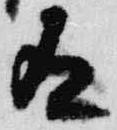
有